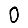
Digit: 0